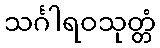
သင်္ဂါရဝသုတ္တံ